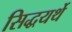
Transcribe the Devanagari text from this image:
सिद्धयर्थे